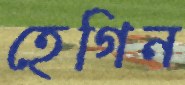
হেগিন